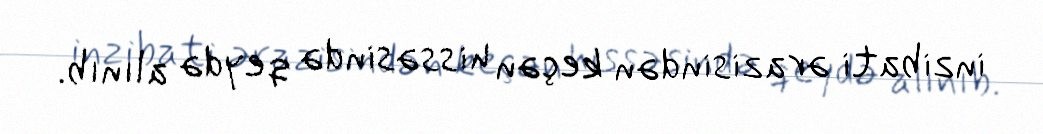
inzibati ərazisindən keçən hissəsində qeydə alınıb.